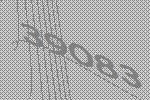
39083